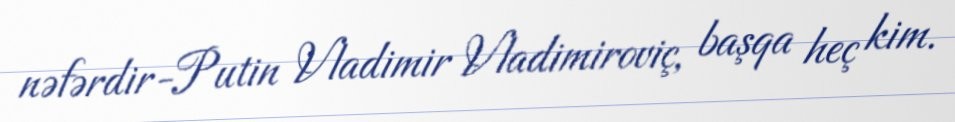
nəfərdir-Putin Vladimir Vladimiroviç, başqa heç kim.